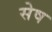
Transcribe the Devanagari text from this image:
सेष